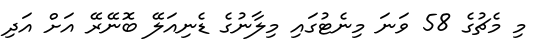
މި މެޗުގެ 58 ވަނަ މިނެޓުގައި މިލާނުގެ ޑެނިއަލޭ ބޮނޭރޭ އަށް އަދި